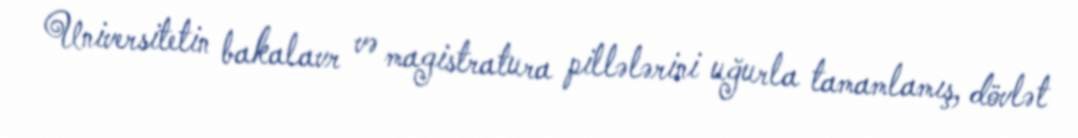
Universitetin bakalavr və magistratura pillələrini uğurla tamamlamış, dövlət